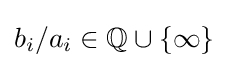
b_{i}/a_{i}\in \mathbb {Q} \cup \{\infty \}